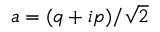
a = ( q + i p ) / \sqrt { 2 }